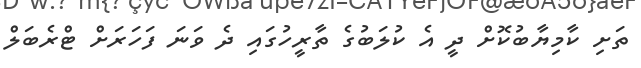
ތަށި ކާމިޔާބުކޮށް ދީ އެ ކުލަބުގެ ތާރީހުގައި ދެ ވަނަ ފަހަރަށް ޓްރެބަލް